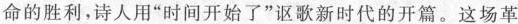
命的胜利，诗人用”时间开始了”讴歌新时代的开篇。这场革